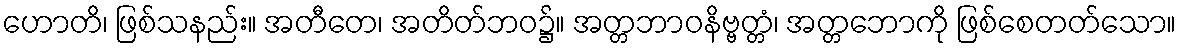
ဟောတိ၊ ဖြစ်သနည်း။ အတီတေ၊ အတိတ်ဘဝ၌။ အတ္တဘာဝနိဗ္ဗတ္တံ၊ အတ္တဘောကို ဖြစ်စေတတ်သော။